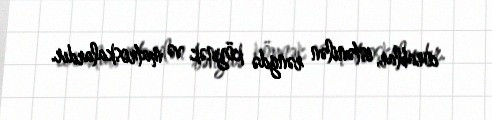
corablar, istənilən rəngdə köynək və matroskalardır.